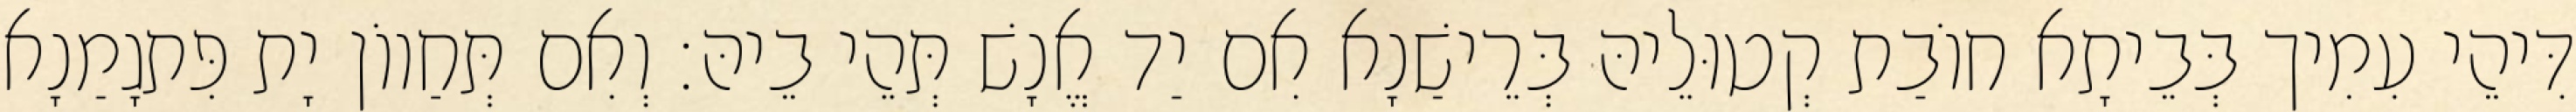
דִּיהֵי עִמִיך בְּבֵיתָא חוֹבַת קְטוּלֵיהּ בְּרֵישַׁנָא אִם יַד אֱנָשׁ תְּהֵי בֵיהּ׃ וְאִם תְּחַווֹן יָת פִּתגָמַנָא